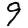
Digit: 9